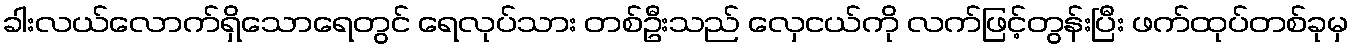
ခါးလယ်လောက်ရှိသောရေတွင် ရေလုပ်သား တစ်ဦးသည် လှေငယ်ကို လက်ဖြင့်တွန်းပြီး ဖက်ထုပ်တစ်ခုမှ